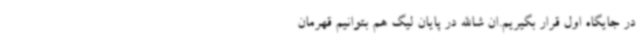
در جایگاه اول قرار بگیریم.ان شاالله در پایان لیگ هم بتوانیم قهرمان